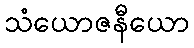
သံယောဇနီယော